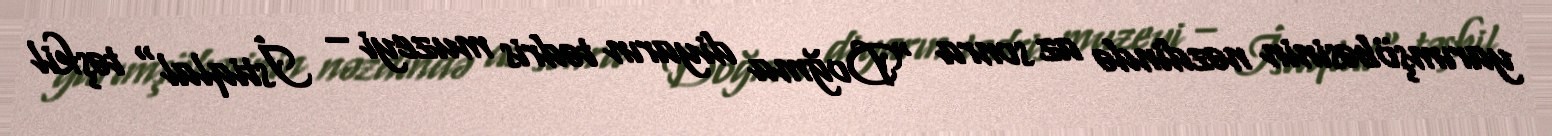
yarımşöbəsinin nəzdində az sonra "Doğma diyarın tədris muzeyi – İstiqlal" təşkil